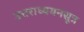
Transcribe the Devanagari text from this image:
उत्तराध्ययनसूत्र